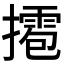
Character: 𢶉